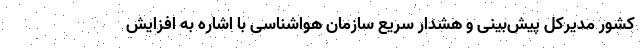
کشور مدیرکل پیش‌بینی و هشدار سریع سازمان هواشناسی با اشاره به افزایش